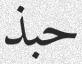
حبذ